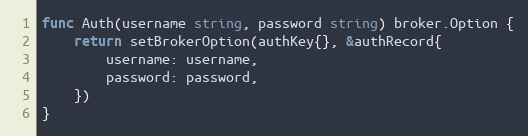
Language: Go
func Auth(username string, password string) broker.Option {
	return setBrokerOption(authKey{}, &authRecord{
		username: username,
		password: password,
	})
}